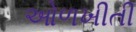
ઓળખીતી